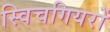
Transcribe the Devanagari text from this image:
स्विचगियरों